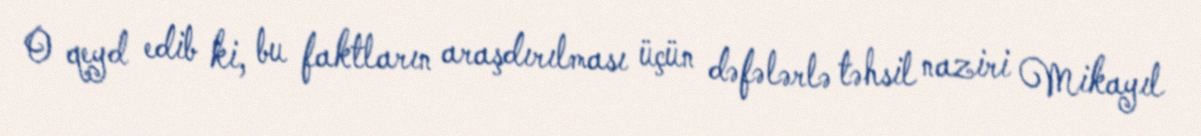
O qeyd edib ki, bu faktların araşdırılması üçün dəfələrlə təhsil naziri Mikayıl